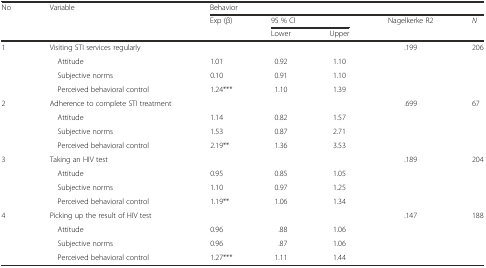
<table><thead><tr><td rowspan="2"><b>No</b></td><td rowspan="2"><b>Variable</b></td><td colspan="5"><b>Behavior</b></td></tr><tr><td><b>Exp (β)</b></td><td colspan="2"><b>95 % CI</b></td><td><b>Nagelkerke R2</b></td><td><b><i>N</i></b></td></tr><tr><td></td><td></td><td></td><td><b>Lower</b></td><td><b>Upper</b></td><td></td><td></td></tr></thead><tbody><tr><td rowspan="4">1</td><td>Visiting STI services regularly</td><td></td><td></td><td></td><td>.199</td><td>206</td></tr><tr><td> Attitude</td><td>1.01</td><td>0.92</td><td>1.10</td><td></td><td></td></tr><tr><td> Subjective norms</td><td>0.10</td><td>0.91</td><td>1.10</td><td></td><td></td></tr><tr><td> Perceived behavioral control</td><td>1.24***</td><td>1.10</td><td>1.39</td><td></td><td></td></tr><tr><td rowspan="4">2</td><td>Adherence to complete STI treatment</td><td></td><td></td><td></td><td>.699</td><td>67</td></tr><tr><td> Attitude</td><td>1.14</td><td>0.82</td><td>1.57</td><td></td><td></td></tr><tr><td> Subjective norms</td><td>1.53</td><td>0.87</td><td>2.71</td><td></td><td></td></tr><tr><td> Perceived behavioral control</td><td>2.19**</td><td>1.36</td><td>3.53</td><td></td><td></td></tr><tr><td rowspan="4">3</td><td>Taking an HIV test</td><td></td><td></td><td></td><td>.189</td><td>204</td></tr><tr><td> Attitude</td><td>0.95</td><td>0.85</td><td>1.05</td><td></td><td></td></tr><tr><td> Subjective norms</td><td>1.10</td><td>0.97</td><td>1.25</td><td></td><td></td></tr><tr><td> Perceived behavioral control</td><td>1.19**</td><td>1.06</td><td>1.34</td><td></td><td></td></tr><tr><td rowspan="4">4</td><td>Picking up the result of HIV test</td><td></td><td></td><td></td><td>.147</td><td>188</td></tr><tr><td> Attitude</td><td>0.96</td><td>.88</td><td>1.06</td><td></td><td></td></tr><tr><td> Subjective norms</td><td>0.96</td><td>.87</td><td>1.06</td><td></td><td></td></tr><tr><td> Perceived behavioral control</td><td>1.27***</td><td>1.11</td><td>1.44</td><td></td><td></td></tr></tbody></table>